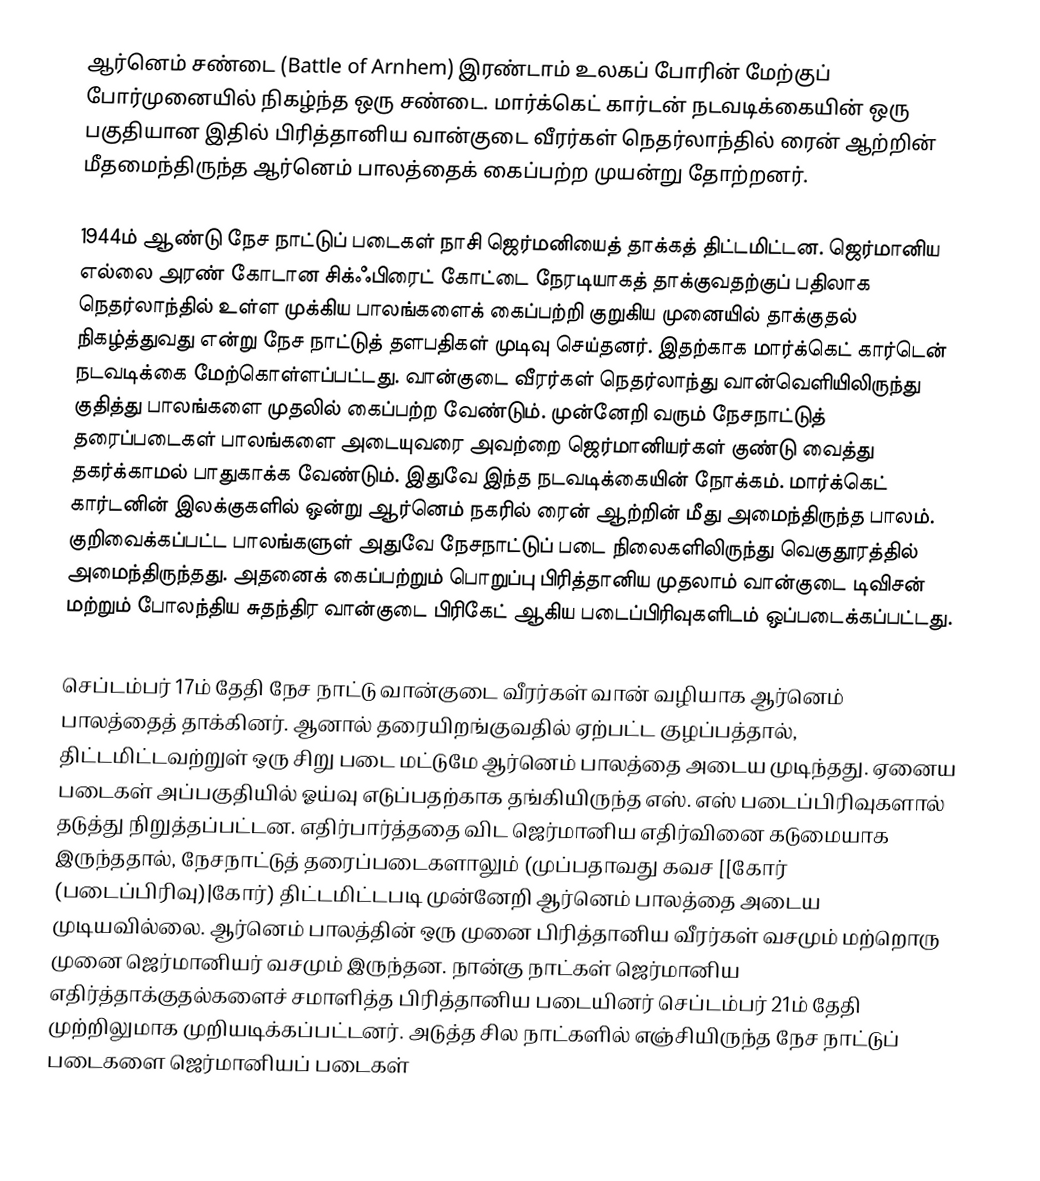
ஆர்னெம் சண்டை (Battle of Arnhem) இரண்டாம் உலகப் போரின் மேற்குப் போர்முனையில் நிகழ்ந்த ஒரு சண்டை. மார்க்கெட் கார்டன் நடவடிக்கையின் ஒரு பகுதியான இதில் பிரித்தானிய வான்குடை வீரர்கள் நெதர்லாந்தில் ரைன் ஆற்றின் மீதமைந்திருந்த ஆர்னெம் பாலத்தைக் கைப்பற்ற முயன்று தோற்றனர்.

1944ம் ஆண்டு நேச நாட்டுப் படைகள் நாசி ஜெர்மனியைத் தாக்கத் திட்டமிட்டன. ஜெர்மானிய எல்லை அரண் கோடான சிக்ஃபிரைட் கோட்டை நேரடியாகத் தாக்குவதற்குப் பதிலாக நெதர்லாந்தில் உள்ள முக்கிய பாலங்களைக் கைப்பற்றி குறுகிய முனையில் தாக்குதல் நிகழ்த்துவது என்று நேச நாட்டுத் தளபதிகள் முடிவு செய்தனர். இதற்காக மார்க்கெட் கார்டென் நடவடிக்கை மேற்கொள்ளப்பட்டது. வான்குடை வீரர்கள் நெதர்லாந்து வான்வெளியிலிருந்து குதித்து பாலங்களை முதலில் கைப்பற்ற வேண்டும். முன்னேறி வரும் நேசநாட்டுத் தரைப்படைகள் பாலங்களை அடையுவரை அவற்றை ஜெர்மானியர்கள் குண்டு வைத்து தகர்க்காமல் பாதுகாக்க வேண்டும். இதுவே இந்த நடவடிக்கையின் நோக்கம். மார்க்கெட் கார்டனின் இலக்குகளில் ஒன்று ஆர்னெம் நகரில் ரைன் ஆற்றின் மீது அமைந்திருந்த பாலம். குறிவைக்கப்பட்ட பாலங்களுள் அதுவே நேசநாட்டுப் படை நிலைகளிலிருந்து வெகுதூரத்தில் அமைந்திருந்தது. அதனைக் கைப்பற்றும் பொறுப்பு பிரித்தானிய முதலாம் வான்குடை டிவிசன் மற்றும் போலந்திய சுதந்திர வான்குடை பிரிகேட் ஆகிய படைப்பிரிவுகளிடம் ஒப்படைக்கப்பட்டது.

செப்டம்பர் 17ம் தேதி நேச நாட்டு வான்குடை வீரர்கள் வான் வழியாக ஆர்னெம் பாலத்தைத் தாக்கினர். ஆனால் தரையிறங்குவதில் ஏற்பட்ட குழப்பத்தால், திட்டமிட்டவற்றுள் ஒரு சிறு படை மட்டுமே ஆர்னெம் பாலத்தை அடைய முடிந்தது. ஏனைய படைகள் அப்பகுதியில் ஓய்வு எடுப்பதற்காக தங்கியிருந்த எஸ். எஸ் படைப்பிரிவுகளால் தடுத்து நிறுத்தப்பட்டன. எதிர்பார்த்ததை விட ஜெர்மானிய எதிர்வினை கடுமையாக இருந்ததால், நேசநாட்டுத் தரைப்படைகளாலும் (முப்பதாவது கவச [[கோர் (படைப்பிரிவு)|கோர்) திட்டமிட்டபடி முன்னேறி ஆர்னெம் பாலத்தை அடைய முடியவில்லை. ஆர்னெம் பாலத்தின் ஒரு முனை பிரித்தானிய வீரர்கள் வசமும் மற்றொரு முனை ஜெர்மானியர் வசமும் இருந்தன. நான்கு நாட்கள் ஜெர்மானிய எதிர்த்தாக்குதல்களைச் சமாளித்த பிரித்தானிய படையினர் செப்டம்பர் 21ம் தேதி முற்றிலுமாக முறியடிக்கப்பட்டனர். அடுத்த சில நாட்களில் எஞ்சியிருந்த நேச நாட்டுப் படைகளை ஜெர்மானியப் படைகள்